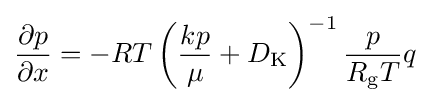
{\frac {\partial p}{\partial x}}=-RT\left({\frac {kp}{\mu }}+D_{\mathrm {K} }\right)^{-1}{\dfrac {p}{R_{\mathrm {g} }T}}q